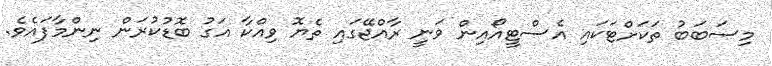
މިސަބަބު ތަކަށްޓަކައި އެސްޓީއޯއިން ވަނީ ރާއްޖޭގައި ތެޔޮ ވިއްކާ އަގު ބޮޑުކުރަން ނިންމާފައެވެ.